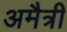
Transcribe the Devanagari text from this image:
अमैत्री